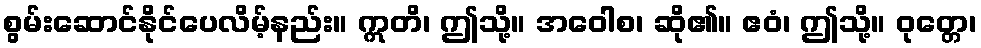
စွမ်းဆောင်နိုင်ပေလိမ့်နည်း။ ဣတိ၊ ဤသို့။ အဝေါစ၊ ဆို၏။ ဧဝံ၊ ဤသို့။ ဝုတ္တေ၊